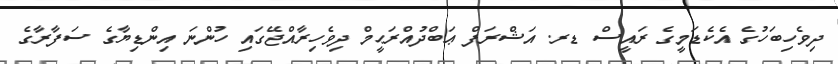
ދިވެހިބަހުގެ އެކެޑަމީގެ ރައީސް ޑރ. އަޝްރަފް ޢަބްދުއްރަޙީމް ދިވެހިރާއްޖޭގައި ހުންނަ އިންޑިޔާގެ ސަފާރާގެ